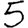
Digit: 5